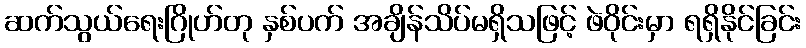
ဆက်သွယ်ရေးဂြိုဟ်တု နှစ်ပက် အချိန်သိပ်မရှိသဖြင့် ဖဲဝိုင်းမှာ ရရှိနိုင်ခြင်း